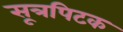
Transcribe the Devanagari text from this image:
सूत्रपिटक